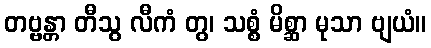
တဗ္ဗန္တာ တီသွ လီကံ တွ၊ သစ္စံ မိစ္ဆာ မုသာ ဗျယံ။